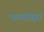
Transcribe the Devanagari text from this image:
फनबोर्ड्स